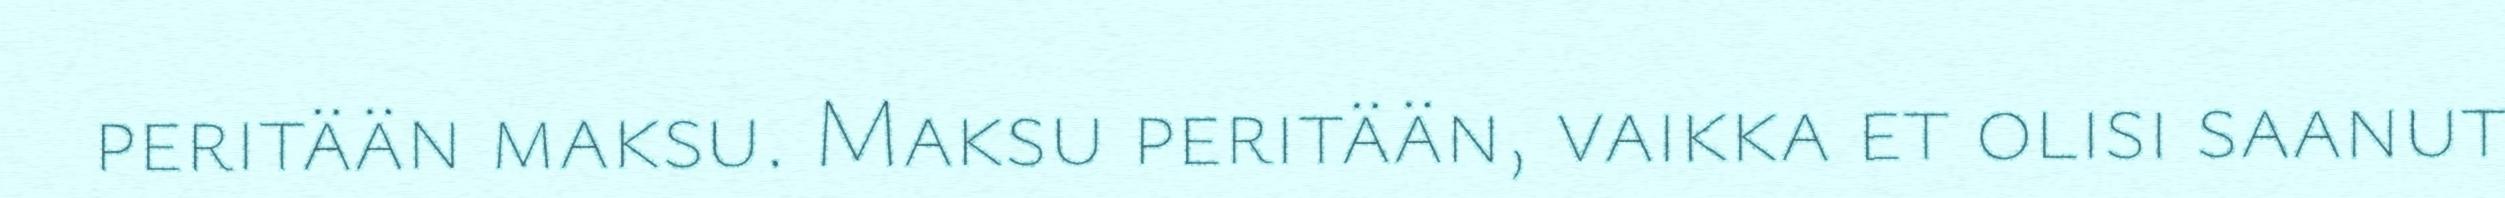
peritään maksu. Maksu peritään, vaikka et olisi saanut